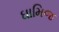
ઘામિજ